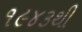
૧૯૪૩થી